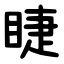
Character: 睫